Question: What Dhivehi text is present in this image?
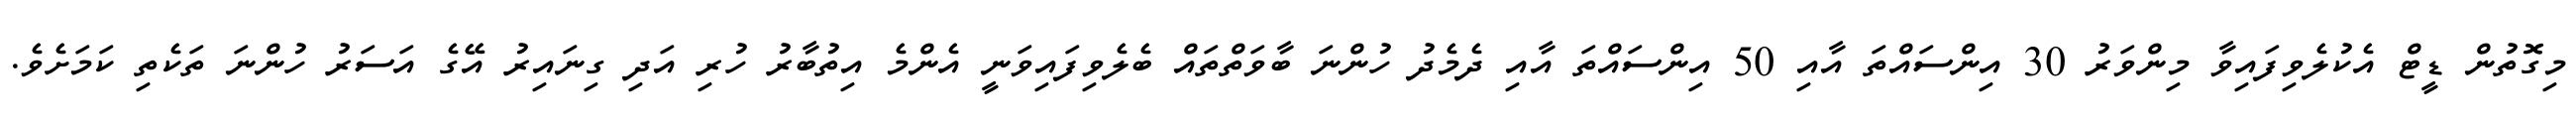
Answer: މިގޮތުން ޑީޓް އެކުލެވިފައިވާ މިންވަރު 30 އިންސައްތަ އާއި 50 އިންސައްތަ އާއި ދެމެދު ހުންނަ ބާވަތްތައް ބެލެވިފައިވަނީ އެންމެ އިތުބާރު ހުރި އަދި ގިނައިރު އޭގެ އަސަރު ހުންނަ ތަކެތި ކަމަށެވެ.